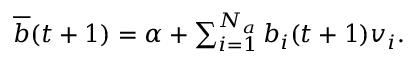
\begin{array} { r } { \overline { { b } } ( t + 1 ) = \alpha + \sum _ { i = 1 } ^ { N _ { a } } b _ { i } ( t + 1 ) v _ { i } . } \end{array}